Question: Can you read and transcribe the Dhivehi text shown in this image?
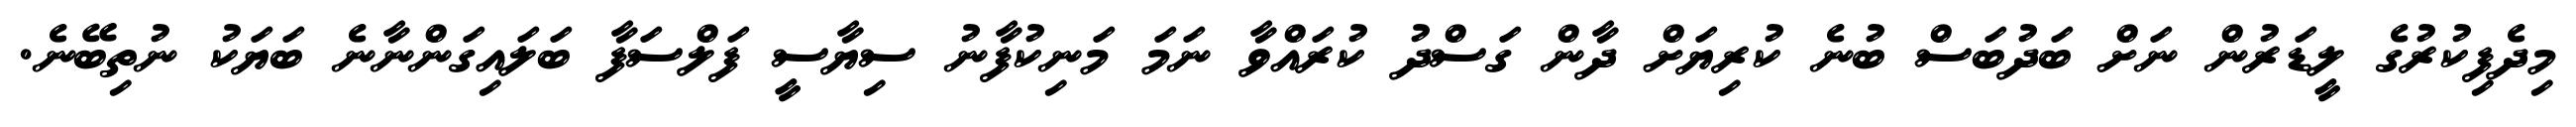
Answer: މިދެފިކުރުގެ ލީޑަރުން ނަށް ބަދުބަސް ބުނެ ކުރިޔަށް ދާން ގަސްދު ކުރައްވާ ނަމަ މަނިކުފާނު ސިޔާސީ ފަލްސަފާ ބަލައިގަންނާނެ ބަޔަކު ނުތިބޭނެ.